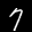
Label: 7